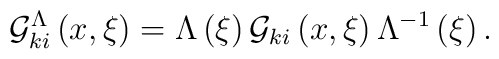
{\cal G}_{ki}^\Lambda  \left( {x,\xi } \right) = \Lambda \left(\xi \right){\cal G}_{ki} \left( {x,\xi } \right)\Lambda ^{ - 1}\left( \xi \right) .